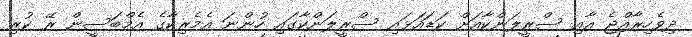
ދިވެހިރާއްޖެ އާއި ސްރީލަންކާއަށް ކަޑައަޅައި ސްރީލަންކާގައި ހުންނަ އެމެރިކާގެ އެމްބަސީން ރޭ ކުރި